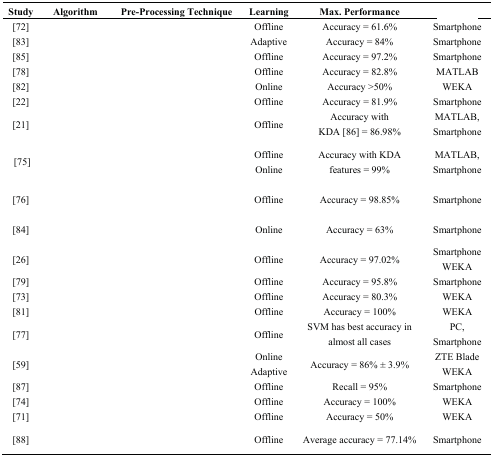
<table><thead><tr><td><b>Study</b></td><td><b>Algorithm</b></td><td><b>Pre-Processing Technique</b></td><td><b>Learning</b></td><td><b>Max. Performance</b></td><td>[EMPTY_CELL]</td></tr></thead><tbody><tr><td>[72]</td><td>[EMPTY_CELL]</td><td>[EMPTY_CELL]</td><td>Offline</td><td>Accuracy = 61.6%</td><td>Smartphone</td></tr><tr><td>[83]</td><td>[EMPTY_CELL]</td><td>[EMPTY_CELL]</td><td>Adaptive</td><td>Accuracy = 84%</td><td>Smartphone</td></tr><tr><td>[85]</td><td>[EMPTY_CELL]</td><td>[EMPTY_CELL]</td><td>Offline</td><td>Accuracy = 97.2%</td><td>Smartphone</td></tr><tr><td>[78]</td><td>[EMPTY_CELL]</td><td>[EMPTY_CELL]</td><td>Offline</td><td>Accuracy = 82.8%</td><td>MATLAB</td></tr><tr><td>[82]</td><td>[EMPTY_CELL]</td><td>[EMPTY_CELL]</td><td>Online</td><td>Accuracy &gt;50%</td><td>WEKA</td></tr><tr><td>[22]</td><td>[EMPTY_CELL]</td><td>[EMPTY_CELL]</td><td>Offline</td><td>Accuracy = 81.9%</td><td>Smartphone</td></tr><tr><td>[21]</td><td>[EMPTY_CELL]</td><td>[EMPTY_CELL]</td><td>Offline</td><td>Accuracy with KDA [86] = 86.98%</td><td>MATLAB, Smartphone</td></tr><tr><td>[75]</td><td>[EMPTY_CELL]</td><td>[EMPTY_CELL]</td><td>Offline Online</td><td>Accuracy with KDA features = 99%</td><td>MATLAB, Smartphone</td></tr><tr><td>[76]</td><td>[EMPTY_CELL]</td><td>[EMPTY_CELL]</td><td>Offline</td><td>Accuracy = 98.85%</td><td>Smartphone</td></tr><tr><td>[84]</td><td>[EMPTY_CELL]</td><td>[EMPTY_CELL]</td><td>Online</td><td>Accuracy = 63%</td><td>Smartphone</td></tr><tr><td>[26]</td><td>[EMPTY_CELL]</td><td>[EMPTY_CELL]</td><td>Offline</td><td>Accuracy = 97.02%</td><td>Smartphone WEKA</td></tr><tr><td>[79]</td><td>[EMPTY_CELL]</td><td>[EMPTY_CELL]</td><td>Offline</td><td>Accuracy = 95.8%</td><td>Smartphone</td></tr><tr><td>[73]</td><td>[EMPTY_CELL]</td><td>[EMPTY_CELL]</td><td>Offline</td><td>Accuracy = 80.3%</td><td>WEKA</td></tr><tr><td>[81]</td><td>[EMPTY_CELL]</td><td>[EMPTY_CELL]</td><td>Offline</td><td>Accuracy = 100%</td><td>WEKA</td></tr><tr><td>[77]</td><td>[EMPTY_CELL]</td><td>[EMPTY_CELL]</td><td>Offline</td><td>SVM has best accuracy in almost all cases</td><td>PC, Smartphone</td></tr><tr><td>[59]</td><td>[EMPTY_CELL]</td><td>[EMPTY_CELL]</td><td>Online Adaptive</td><td>Accuracy = 86% ± 3.9%</td><td>ZTE Blade WEKA</td></tr><tr><td>[87]</td><td>[EMPTY_CELL]</td><td>[EMPTY_CELL]</td><td>Offline</td><td>Recall = 95%</td><td>Smartphone</td></tr><tr><td>[74]</td><td>[EMPTY_CELL]</td><td>[EMPTY_CELL]</td><td>Offline</td><td>Accuracy = 100%</td><td>WEKA</td></tr><tr><td>[71]</td><td>[EMPTY_CELL]</td><td>[EMPTY_CELL]</td><td>Offline</td><td>Accuracy = 50%</td><td>WEKA</td></tr><tr><td>[88]</td><td>[EMPTY_CELL]</td><td>[EMPTY_CELL]</td><td>Offline</td><td>Average accuracy = 77.14%</td><td>Smartphone</td></tr></tbody></table>